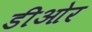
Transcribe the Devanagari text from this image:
डीओर